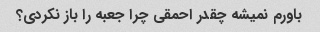
باورم نمیشه چقدر احمقی چرا جعبه را باز نکردی؟